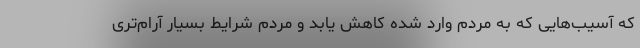
که آسیب‌هایی که به مردم وارد شده کاهش یابد و مردم شرایط بسیار آرام‌تری